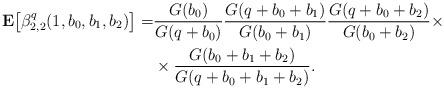
LaTeX: \begin{align*}{\bf E}\bigl[\beta_{2,2}^q(1, b_0, b_1, b_2)\bigr] = & \frac{G(b_0)}{G(q+b_0)}\frac{G(q+b_0+b_1)}{G(b_0+b_1)}\frac{G(q+b_0+b_2)}{G(b_0+b_2)}\times \\ & \times\frac{G(b_0+b_1+b_2)}{G(q+b_0+b_1+b_2)}.\end{align*}